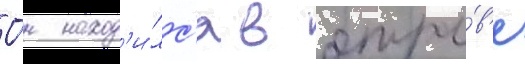
О́н наход'и́лс'я в отры́в'е